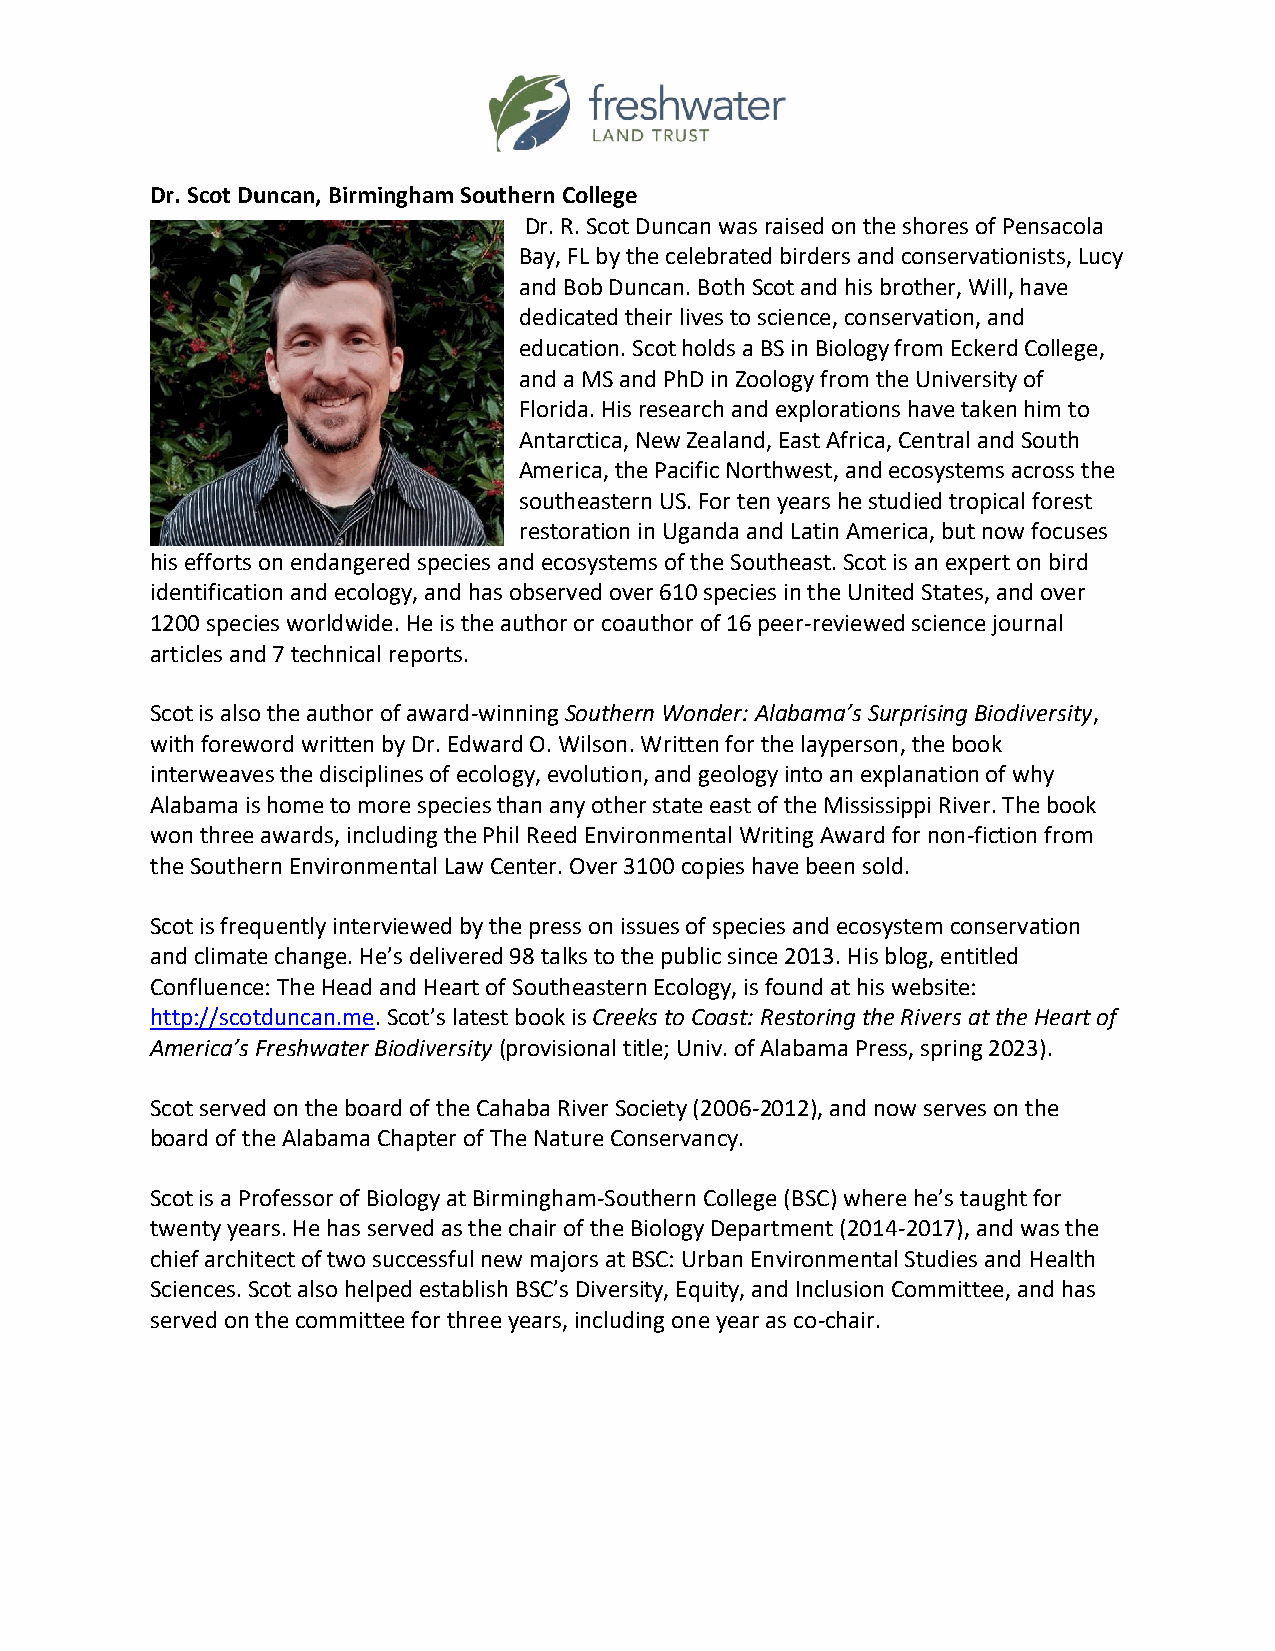
Dr. Scot Duncan, Birmingham Southern College
 Dr. R. Scot Duncan was raised on the shores of Pensacola
 Bay, FL by the celebrated birders and conservationists, Lucy
 and Bob Duncan. Both Scot and his brother, Will, have
 dedicated their lives to science, conservation, and
 education. Scot holds a BS in Biology from Eckerd College,
 and a MS and PhD in Zoology from the University of
 Florida. His research and explorations have taken him to
 Antarctica, New Zealand, East Africa, Central and South
 America, the Pacific Northwest, and ecosystems across the
 southeastern US. For ten years he studied tropical forest
 restoration in Uganda and Latin America, but now focuses
 his efforts on endangered species and ecosystems of the Southeast. Scot is an expert on bird
 identification and ecology, and has observed over 610 species in the United States, and over
 1200 species worldwide. He is the author or coauthor of 16 peer-reviewed science journal
 articles and 7 technical reports.
 Scot is also the author of award-winning Southern Wonder: Alabama’s Surprising Biodiversity,
 with foreword written by Dr. Edward O. Wilson. Written for the layperson, the book
 interweaves the disciplines of ecology, evolution, and geology into an explanation of why
 Alabama is home to more species than any other state east of the Mississippi River. The book
 won three awards, including the Phil Reed Environmental Writing Award for non-fiction from
 the Southern Environmental Law Center. Over 3100 copies have been sold.
 Scot is frequently interviewed by the press on issues of species and ecosystem conservation
 and climate change. He’s delivered 98 talks to the public since 2013. His blog, entitled
 Confluence: The Head and Heart of Southeastern Ecology, is found at his website:
 http://scotduncan.me. Scot’s latest book is Creeks to Coast: Restoring the Rivers at the Heart of
 America’s Freshwater Biodiversity (provisional title; Univ. of Alabama Press, spring 2023).
 Scot served on the board of the Cahaba River Society (2006-2012), and now serves on the
 board of the Alabama Chapter of The Nature Conservancy.
 Scot is a Professor of Biology at Birmingham-Southern College (BSC) where he’s taught for
 twenty years. He has served as the chair of the Biology Department (2014-2017), and was the
 chief architect of two successful new majors at BSC: Urban Environmental Studies and Health
 Sciences. Scot also helped establish BSC’s Diversity, Equity, and Inclusion Committee, and has
 served on the committee for three years, including one year as co-chair.